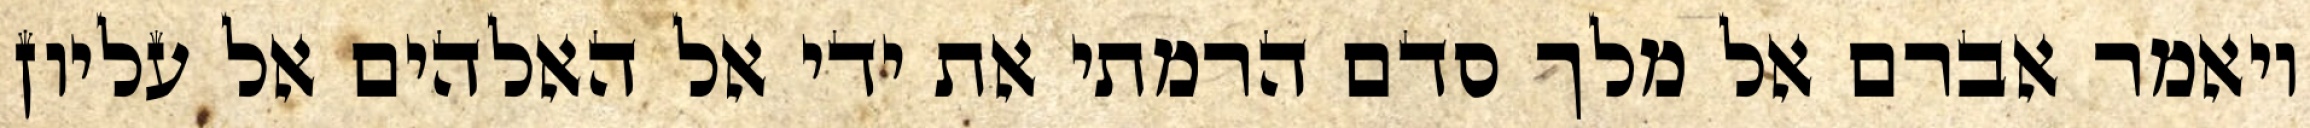
ויאמר אברם אל מלך סדם הרמתי את ידי אל האלהים אל עליון